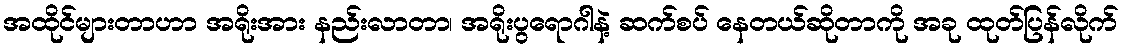
အထိုင်များတာဟာ အရိုးအား နည်းလာတာ၊ အရိုးပွရောဂါနဲ့ ဆက်စပ် နေတယ်ဆိုတာကို အခု ထုတ်ပြန်လိုက်